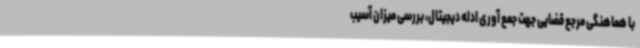
با هماهنگی مرجع قضایی جهت جمع آوری ادله دیجیتال، بررسی میزان آسیب